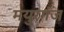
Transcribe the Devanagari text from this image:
मयुरगंज